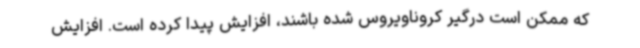
که ممکن است درگیر کروناویروس شده باشند، افزایش پیدا کرده است. افزایش